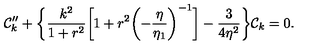
{ \cal C } _ { k } ^ { \prime \prime } + \biggl \{ \frac { k ^ { 2 } } { 1 + r ^ { 2 } } \biggl [ 1 + r ^ { 2 } \biggl ( - \frac { \eta } { \eta _ { 1 } } \biggr ) ^ { - 1 } \biggr ] - \frac { 3 } { 4 \eta ^ { 2 } } \biggr \} { \cal C } _ { k } = 0 .